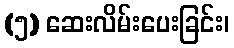
(၅) ဆေးလိမ်းပေးခြင်း၊